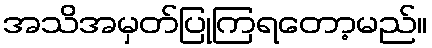
အသိအမှတ်ပြုကြရတော့မည်။